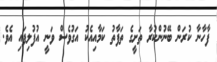
ފާހާނާ ކުރަން ބޭނުންކުރާ ތަށީގެ ތަފާތު ކަމާއިއެކު އަގުވެސް ވަނީ އުފުލިފައި އެވެ.